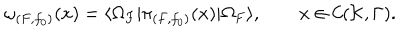
\omega _ { ( F , f _ { 0 } ) } ( x ) = \langle \Omega _ { F } | \pi _ { ( F , f _ { 0 } ) } ( x ) | \Omega _ { F } \rangle , \qquad x \in { \cal C } ( { \cal K } , \Gamma ) .